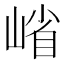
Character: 𭖶